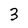
Character: 3